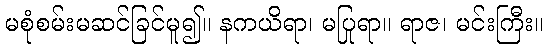
မစုံစမ်းမဆင်ခြင်မူ၍။ နကယိရာ၊ မပြုရာ။ ရာဇ၊ မင်းကြီး။